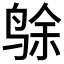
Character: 𱉸